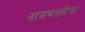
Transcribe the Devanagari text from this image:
नामभक्तीचा